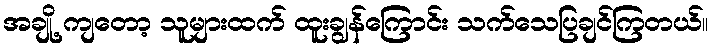
အချို့ ကျတော့ သူများထက် ထူးချွန်ကြောင်း သက်သေပြချင်ကြတယ်။